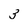
Character: 3